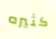
كثيره